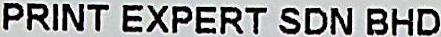
PRINT EXPERT SDN BHD